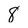
Character: 8